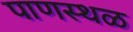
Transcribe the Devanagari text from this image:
पाणस्थळ